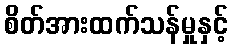
စိတ်အားထက်သန်မှုနှင့်